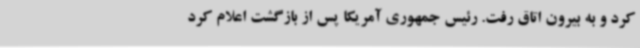
کرد و به بیرون اتاق رفت. رئیس جمهوری آمریکا پس از بازگشت اعلام کرد